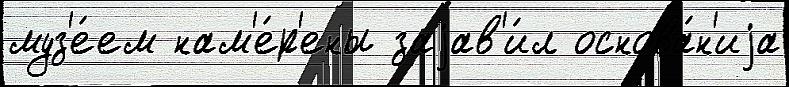
муз'е́ем нам'е́р'ены заjав'и́л основа́н'иjа